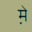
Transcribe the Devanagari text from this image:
म़े